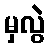
မှလွဲ